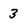
Character: 3